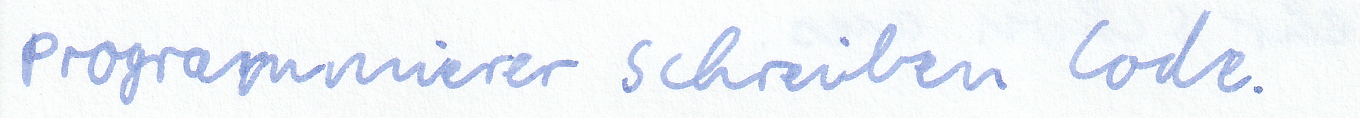
Programmierer schreiben Code.